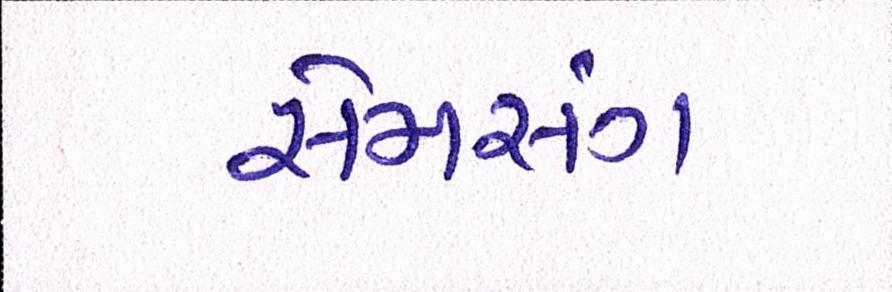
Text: સેમસંમ